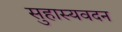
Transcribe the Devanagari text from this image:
सुहास्यवदन